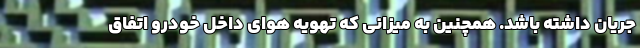
جریان داشته باشد. همچنین به میزانی که تهویه هوای داخل خودرو اتفاق